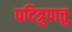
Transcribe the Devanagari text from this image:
पदित्रुपात्तु